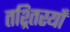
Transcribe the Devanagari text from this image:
तश्र्तिरयाँ